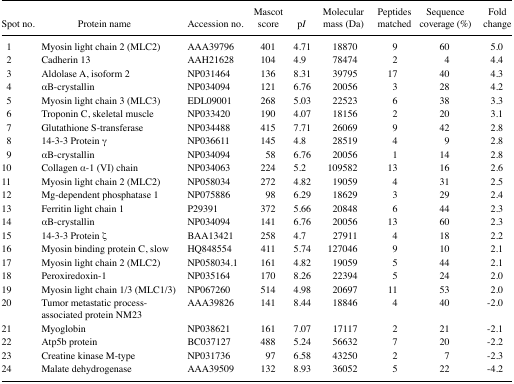
<table><thead><tr><td><b>Spot no.</b></td><td><b>Protein name</b></td><td><b>Accession no.</b></td><td><b>Mascot score</b></td><td><b>p<i>I</i></b></td><td><b>Molecular mass (Da)</b></td><td><b>Peptides matched</b></td><td><b>Sequence coverage (%)</b></td><td><b>Fold change</b></td></tr></thead><tbody><tr><td>1</td><td>Myosin light chain 2 (MLC2)</td><td>AAA39796</td><td>401</td><td>4.71</td><td>18870</td><td>9</td><td>60</td><td>5.0</td></tr><tr><td>2</td><td>Cadherin 13</td><td>AAH21628</td><td>104</td><td>4.9</td><td>78474</td><td>2</td><td>4</td><td>4.4</td></tr><tr><td>3</td><td>Aldolase A, isoform 2</td><td>NP031464</td><td>136</td><td>8.31</td><td>39795</td><td>17</td><td>40</td><td>4.3</td></tr><tr><td>4</td><td>αB-crystallin</td><td>NP034094</td><td>121</td><td>6.76</td><td>20056</td><td>3</td><td>28</td><td>4.2</td></tr><tr><td>5</td><td>Myosin light chain 3 (MLC3)</td><td>EDL09001</td><td>268</td><td>5.03</td><td>22523</td><td>6</td><td>38</td><td>3.3</td></tr><tr><td>6</td><td>Troponin C, skeletal muscle</td><td>NP033420</td><td>190</td><td>4.07</td><td>18156</td><td>2</td><td>20</td><td>3.1</td></tr><tr><td>7</td><td>Glutathione S-transferase</td><td>NP034488</td><td>415</td><td>7.71</td><td>26069</td><td>9</td><td>42</td><td>2.8</td></tr><tr><td>8</td><td>14-3-3 Protein γ</td><td>NP036611</td><td>145</td><td>4.8</td><td>28519</td><td>4</td><td>9</td><td>2.8</td></tr><tr><td>9</td><td>αB-crystallin</td><td>NP034094</td><td>58</td><td>6.76</td><td>20056</td><td>1</td><td>14</td><td>2.8</td></tr><tr><td>10</td><td>Collagen α-1 (VI) chain</td><td>NP034063</td><td>224</td><td>5.2</td><td>109582</td><td>13</td><td>16</td><td>2.6</td></tr><tr><td>11</td><td>Myosin light chain 2 (MLC2)</td><td>NP058034</td><td>272</td><td>4.82</td><td>19059</td><td>4</td><td>31</td><td>2.5</td></tr><tr><td>12</td><td>Mg-dependent phosphatase 1</td><td>NP075886</td><td>98</td><td>6.29</td><td>18629</td><td>3</td><td>29</td><td>2.4</td></tr><tr><td>13</td><td>Ferritin light chain 1</td><td>P29391</td><td>372</td><td>5.66</td><td>20848</td><td>6</td><td>44</td><td>2.3</td></tr><tr><td>14</td><td>αB-crystallin</td><td>NP034094</td><td>141</td><td>6.76</td><td>20056</td><td>13</td><td>60</td><td>2.3</td></tr><tr><td>15</td><td>14-3-3 Protein ζ</td><td>BAA13421</td><td>258</td><td>4.7</td><td>27911</td><td>4</td><td>18</td><td>2.2</td></tr><tr><td>16</td><td>Myosin binding protein C, slow</td><td>HQ848554</td><td>411</td><td>5.74</td><td>127046</td><td>9</td><td>10</td><td>2.1</td></tr><tr><td>17</td><td>Myosin light chain 2 (MLC2)</td><td>NP058034.1</td><td>161</td><td>4.82</td><td>19059</td><td>5</td><td>44</td><td>2.1</td></tr><tr><td>18</td><td>Peroxiredoxin-1</td><td>NP035164</td><td>170</td><td>8.26</td><td>22394</td><td>5</td><td>24</td><td>2.0</td></tr><tr><td>19</td><td>Myosin light chain 1/3 (MLC1/3)</td><td>NP067260</td><td>514</td><td>4.98</td><td>20697</td><td>11</td><td>53</td><td>2.0</td></tr><tr><td>20</td><td>Tumor metastatic process-associated protein NM23</td><td>AAA39826</td><td>141</td><td>8.44</td><td>18846</td><td>4</td><td>40</td><td>−2.0</td></tr><tr><td>21</td><td>Myoglobin</td><td>NP038621</td><td>161</td><td>7.07</td><td>17117</td><td>2</td><td>21</td><td>−2.1</td></tr><tr><td>22</td><td>Atp5b protein</td><td>BC037127</td><td>488</td><td>5.24</td><td>56632</td><td>7</td><td>20</td><td>−2.2</td></tr><tr><td>23</td><td>Creatine kinase M-type</td><td>NP031736</td><td>97</td><td>6.58</td><td>43250</td><td>2</td><td>7</td><td>−2.3</td></tr><tr><td>24</td><td>Malate dehydrogenase</td><td>AAA39509</td><td>132</td><td>8.93</td><td>36052</td><td>5</td><td>22</td><td>−4.2</td></tr></tbody></table>